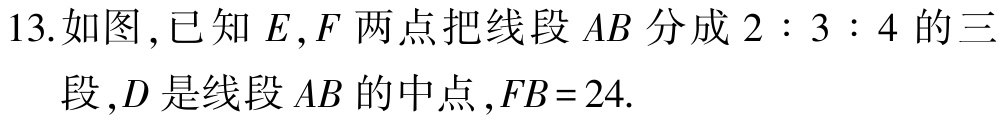
13.如图,已知 \(E,F\) 两点把线段 \(AB\) 分成 \(2:3:4\) 的三段,\(D\) 是线段 \(AB\) 的中点,\(FB = 24\).